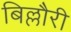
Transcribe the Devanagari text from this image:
बिल्लौरी